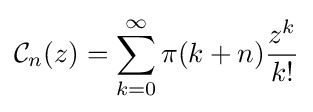
{\mathcal {C}}_{n}(z)=\sum _{k=0}^{\infty }\pi (k+n){\frac {z^{k}}{k!}}